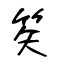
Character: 笶